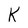
Character: K